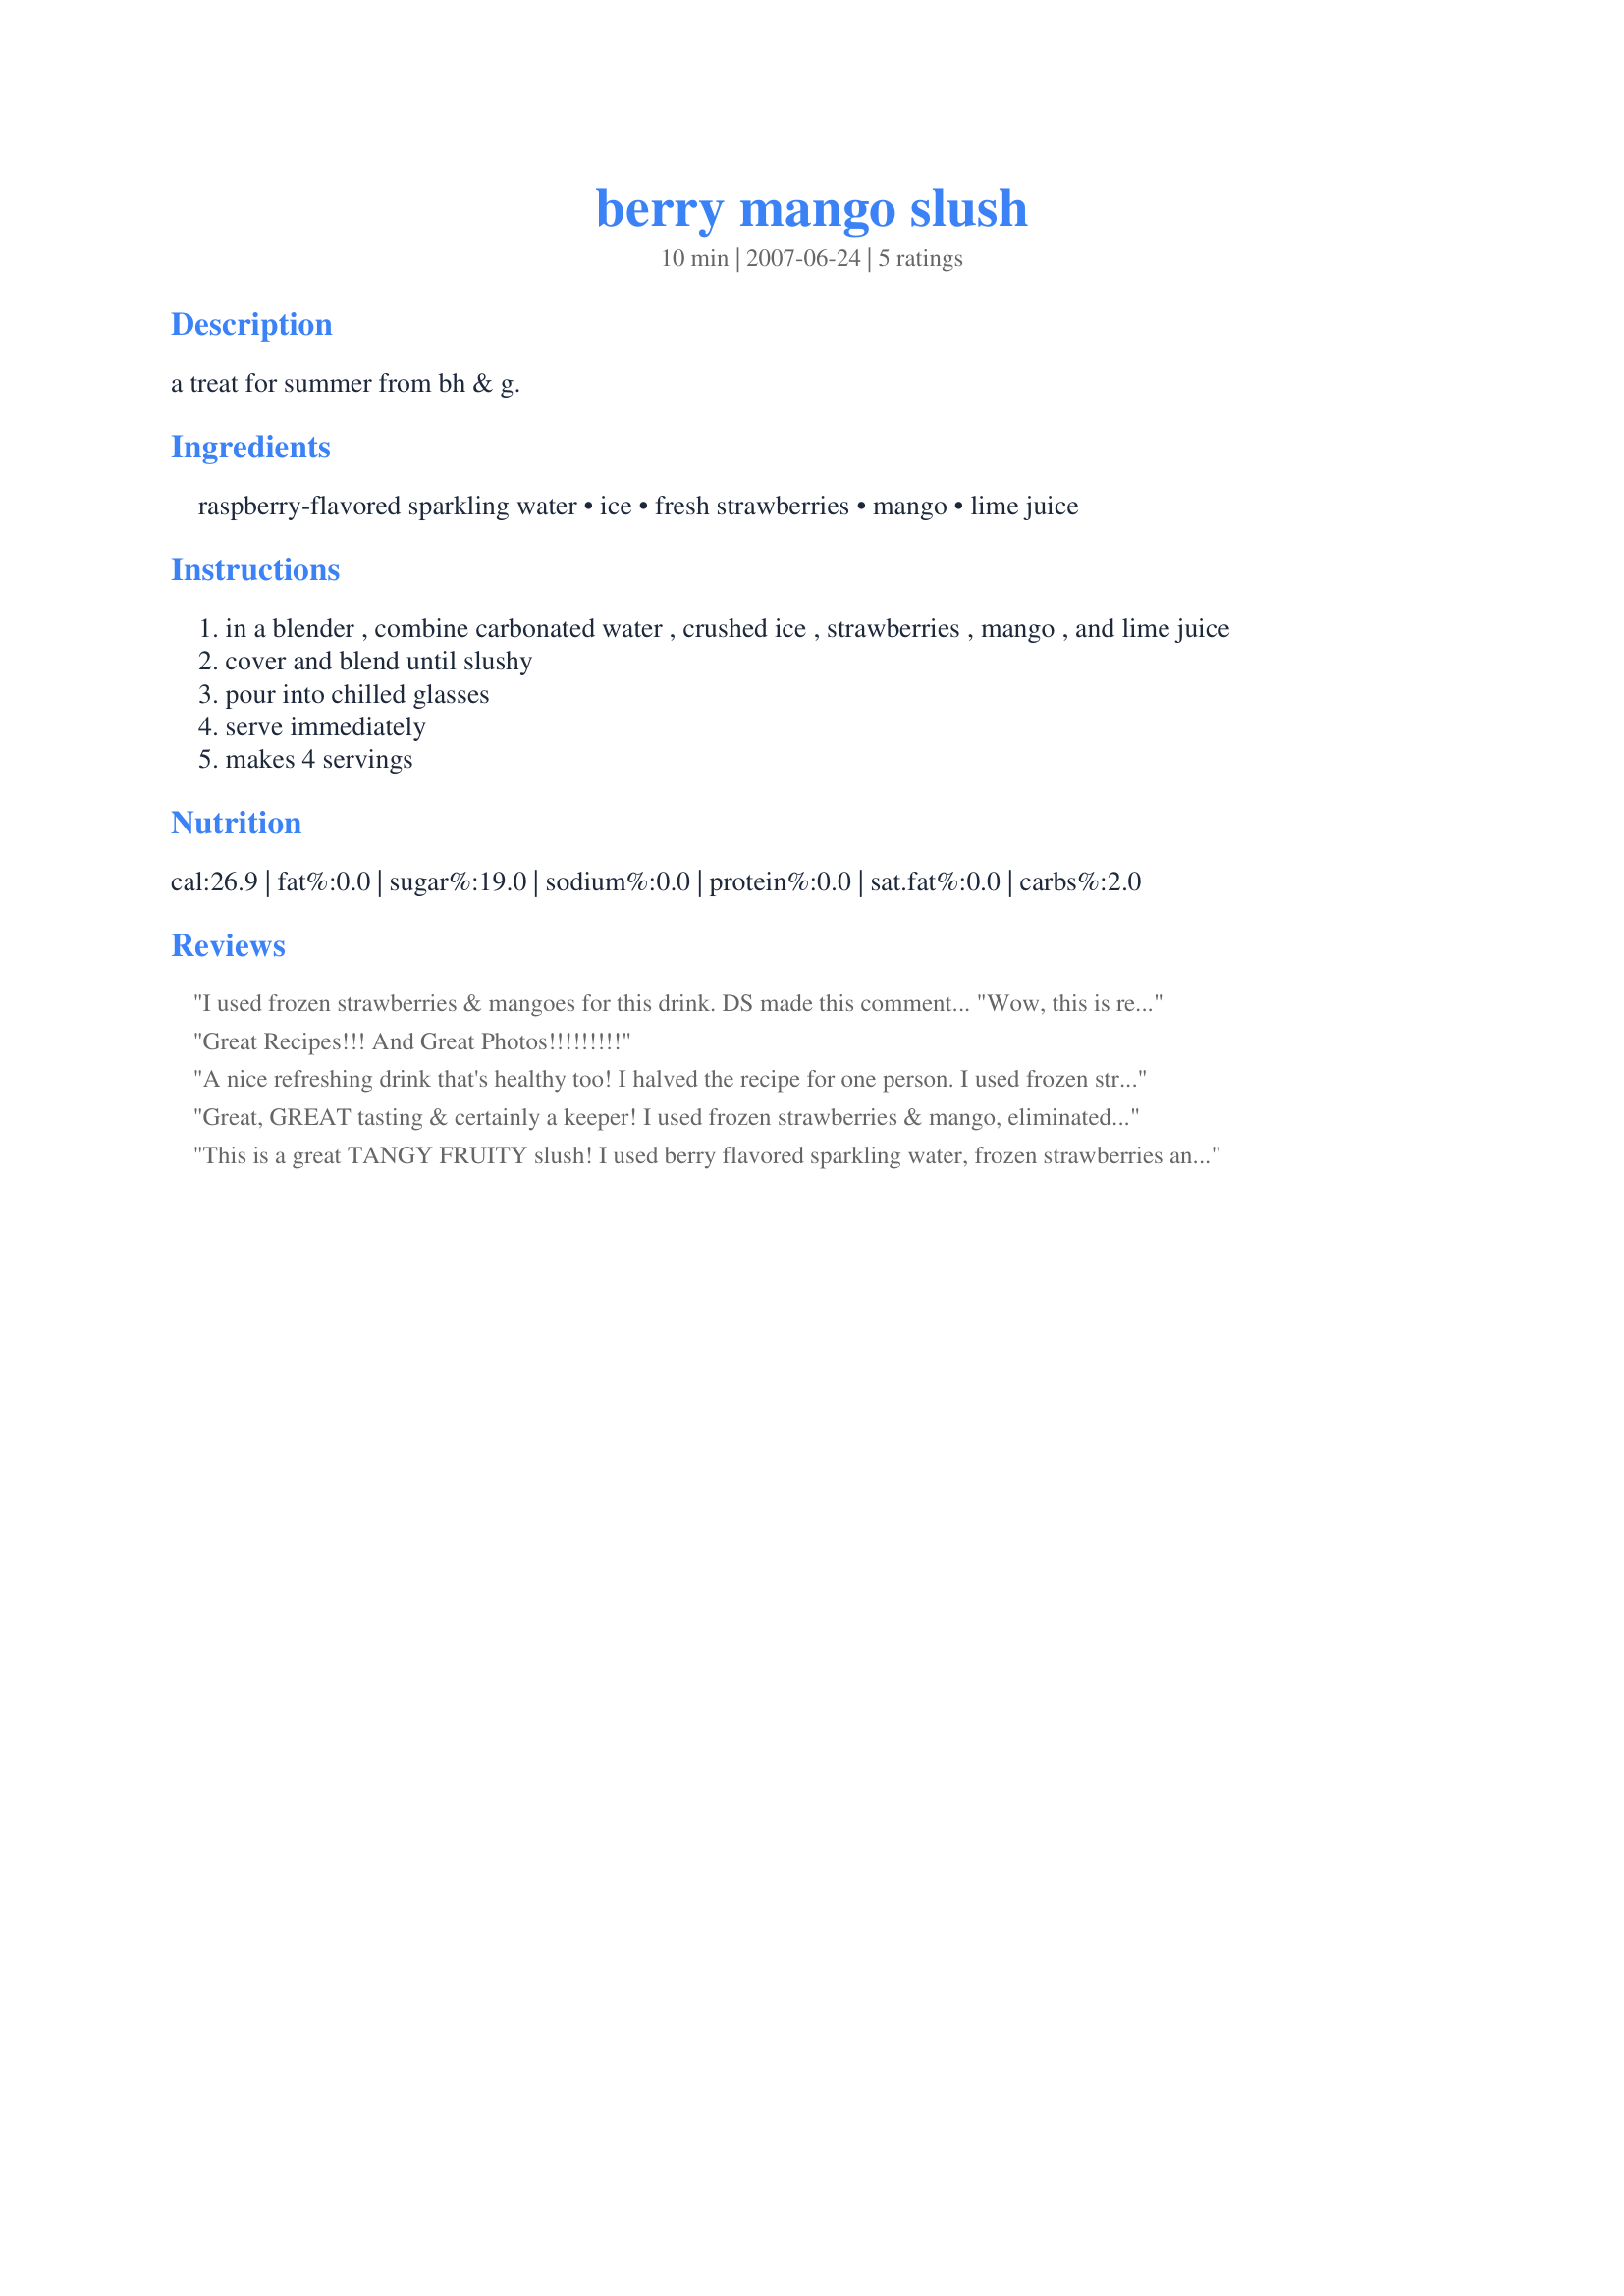
berry mango slush
Preparation time: 10 minutes

a treat for summer from bh & g.

Ingredients:
raspberry-flavored sparkling water, ice, fresh strawberries, mango, lime juice

Steps:
in a blender , combine carbonated water , crushed ice , strawberries , mango , and lime juice
cover and blend until slushy
pour into chilled glasses
serve immediately
makes 4 servings

Reviews:
I used frozen strawberries & mangoes for this drink. DS made this comment... "Wow, this is really good!"
Great Recipes!!! And Great Photos!!!!!!!!!
A nice refreshing drink that's healthy too! I halved the recipe for one person. I used frozen strawberries and fresh mango. Not too sweet! Thanks cookiedog! Made for beverage tag.
Great, GREAT tasting & certainly a keeper! I used frozen strawberries & mango, eliminated the ice & increased the sparkling water to 2 cups! I also eyeballed the amount of fruit, so the amount was probably increased some! Still very good & worth the effort! [Tagged, made & reviewed in 1-2-3 Hit Wonders tag game]
This is a great TANGY FRUITY slush! I used berry flavored sparkling water, frozen strawberries and frozen mangos. It was very thick at first because of this but after sitting it melted a little so we could drink it through straws. I did add 5 Splenda packets for a sweeter flavor. Made for Zaar tag.
